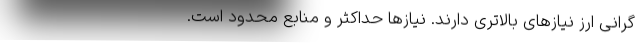
گرانی ارز نیازهای بالاتری دارند. نیازها حداکثر و منابع محدود است.